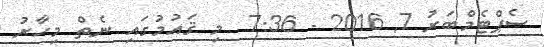
ސެޕްޓެމްބަރު 7